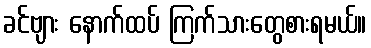
ခင်ဗျား နောက်ထပ် ကြက်သားတွေစားရမယ်။